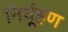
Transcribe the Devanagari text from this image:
निर्यूहण